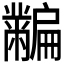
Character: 𪓎